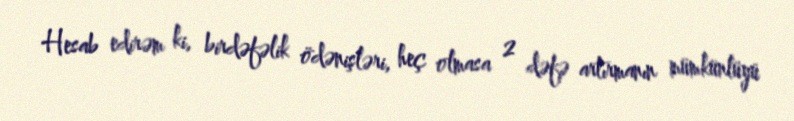
Hesab edirəm ki, birdəfəlik ödənişləri, heç olmasa 2 dəfə artırmanın mümkünlüyü